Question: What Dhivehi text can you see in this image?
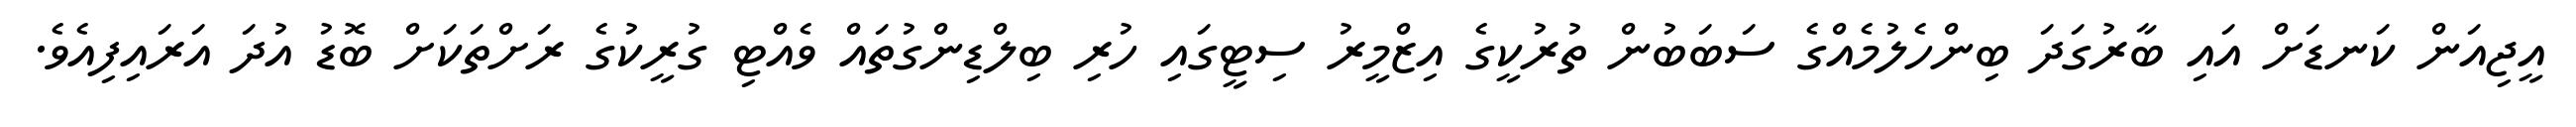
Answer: އީޖިއަން ކަނޑަށް އައި ބާރުގަދަ ބިންހެލުމެއްގެ ސަބަބުން ތުރުކީގެ އިޒްމީރު ސިޓީގައި ހުރި ބިލްޑިންގުތައް ވެއްޓި ގުރީކުގެ ރަށްތަކަށް ބޮޑު އުދަ އަރައިފިއެވެ.